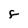
Character: F